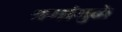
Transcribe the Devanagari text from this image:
श्रमांमुळे